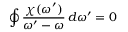
\oint { \frac { \chi ( \omega ^ { \prime } ) } { \omega ^ { \prime } - \omega } } \, d \omega ^ { \prime } = 0